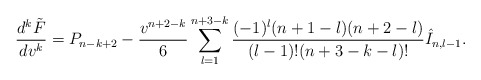
\begin{align*} \frac{d^k\tilde{F}}{dv^k}=P_{n-k+2}-\frac{v^{n+2-k}}{6}\sum_{l=1}^{n+3-k}\frac{(-1)^l(n+1-l)(n+2-l)}{(l-1)!(n+3-k-l)!}\hat{I}_{n,l-1}.\end{align*}